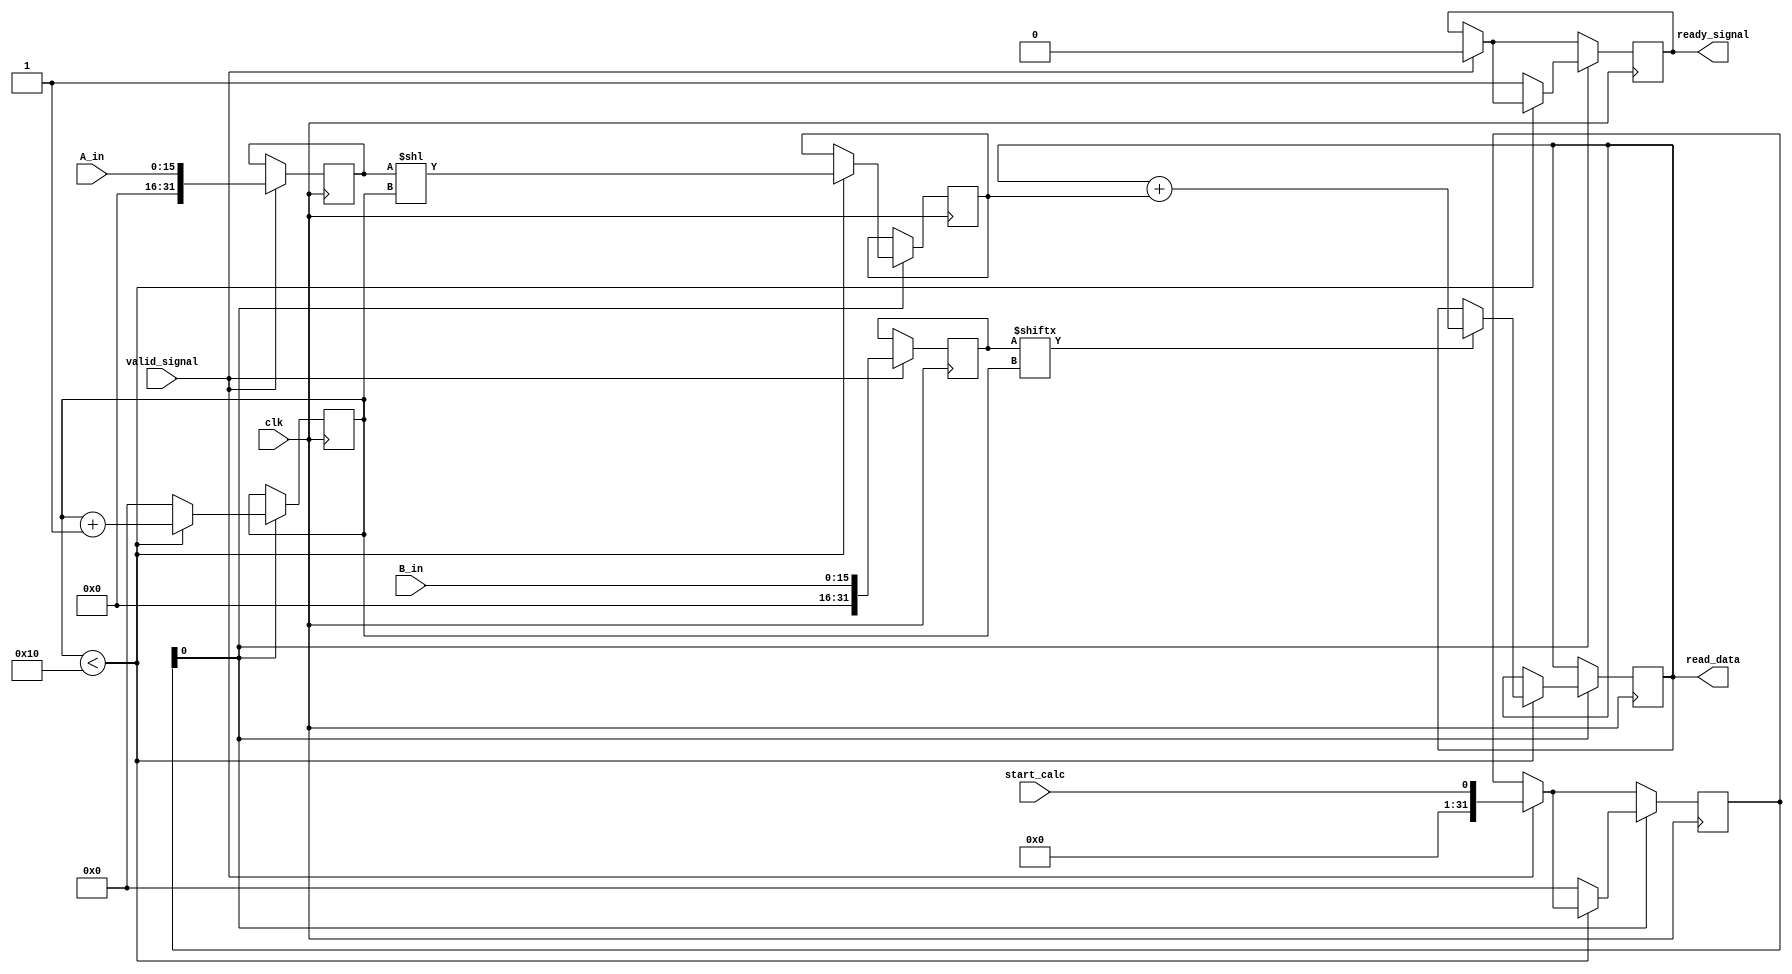
module slave(
	input valid_signal,clk,start_calc,
	input [15:0] A_in,B_in,
	output [31:0] read_data,
	output reg ready_signal
);

	reg [31:0] ram [31:0];

	assign read_data = ram[16];
	reg [31:0] i = 0;
	
	always@(posedge clk) begin
		
		if(valid_signal == 1) begin
			ram[1] <= A_in;
			ram[2] <= B_in;
			ram[0] <= start_calc;
			ready_signal <= 0;
		end
		if(ram[0][0] == 1'b1) begin
			
			if(i<16) begin
				if(ram[2][i] == 1'b1) begin
					ram[16] <= ram[16] + ram[5];
				end
				
				ram[5] <= ram[1] << i;
				i = i + 1;
			
			end
			else begin
				i <= 0;
				
				//reset multipllier start signal
				ram[0] <= 0;
				
				ready_signal <= 1;
			end
			
		end
	end
	
	initial begin
	ram[0] = 0;
	ram[1] = 0;
	ram[2] = 0;
	ram[5] = 0;
	ram[16] = 0;
	end
	
endmodule